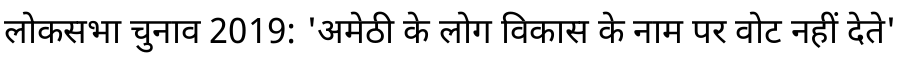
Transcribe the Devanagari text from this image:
लोकसभा चुनाव 2019: 'अमेठी के लोग विकास के नाम पर वोट नहीं देते'